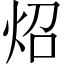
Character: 炤